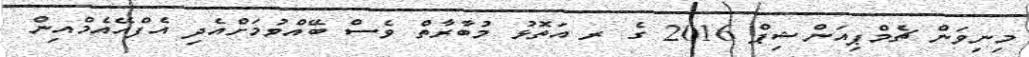
މިނިވަން ޗެމްޕިއަންޝިޕް 2016 ގެ ރ އަތޮޅު މުބާރާތް ވެސް ބޭއްވުމަށްއެދި އެފްއޭއެމްއިން